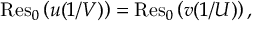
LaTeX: \operatorname { R e s } _ { 0 } \left( u ( 1 / V ) \right) = \operatorname { R e s } _ { 0 } \left( v ( 1 / U ) \right) ,